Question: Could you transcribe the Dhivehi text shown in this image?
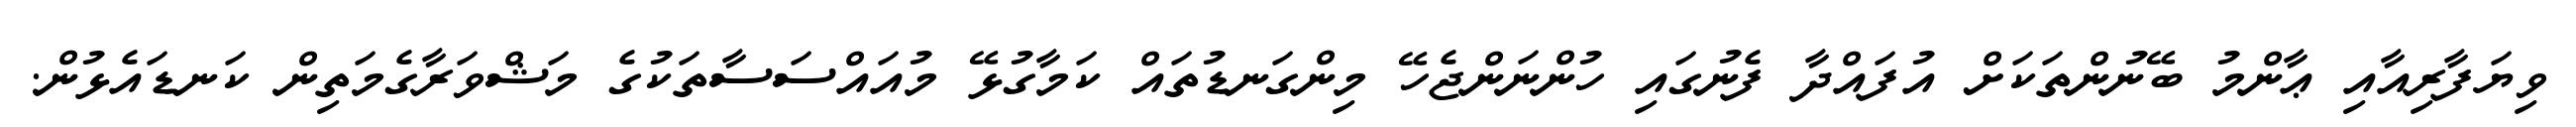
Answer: ވިޔަފާރިއާއި ޢާންމު ބޭނުންތަކަށް އުފައްދާ ފެނުގައި ހުންނަންޖެހޭ މިންގަނޑުތައް ކަމާގުޅޭ މުއައްސަސާތަކުގެ މަޝްވަރާގެމަތިން ކަނޑައެޅުން.